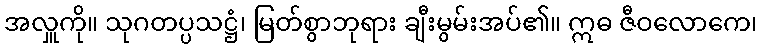
အလှူကို။ သုဂတပ္ပသဋ္ဌံ၊ မြတ်စွာဘုရား ချီးမွမ်းအပ်၏။ ဣဓ ဇီဝလောကေ၊